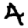
Digit: 4